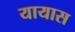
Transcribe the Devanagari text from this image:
यायास